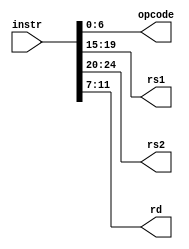
module instr_decoder(instr, opcode, rs1, rs2, rd);
    input[31:0] instr;
    output reg[6:0] opcode;
    output reg[4:0] rs1, rs2, rd;

    always@(instr)
    begin
        opcode = instr[6:0];
        rs1 = instr[19:15];
        rs2 = instr[24:20];
        rd = instr[11:7];
    end
endmodule